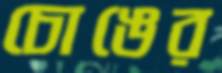
চোঙের